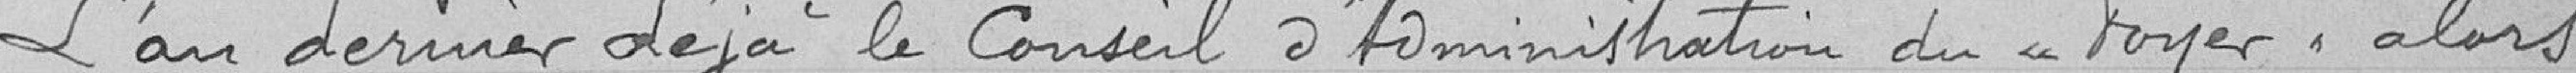
L'an dernier déjà le Conseil d'Administration du "Foyer" alors